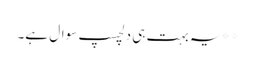
**یہ بہت ہی دلچسپ سوال ہے۔